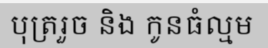
បុត្ររួច និង កូនធំល្មម